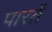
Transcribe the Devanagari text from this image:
पारतें